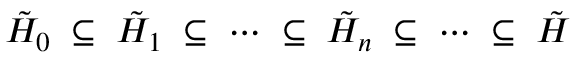
\tilde { { \cal H } } _ { 0 } \; \subseteq \; \tilde { { \cal H } } _ { 1 } \; \subseteq \; \cdots \; \subseteq \; \tilde { { \cal H } } _ { n } \; \subseteq \; \cdots \; \subseteq \; \tilde { { \cal H } }